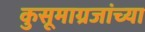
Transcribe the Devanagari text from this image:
कुसूमाग्रजांच्‍या